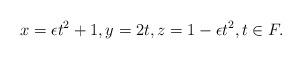
LaTeX: \begin{align*}x=\epsilon t^2 + 1 ,y=2 t, z=1-\epsilon t^2, t\in F.\end{align*}